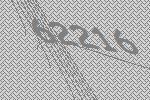
62216